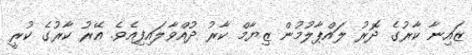
ޒައިނާ ކާރުގެ ދޮރު ލައްޕާލުމުން ޒިޔާމް ކާރު ދުއްވާލައިފިއެވެ. އޭރު ކާރުގެ ކުރީ